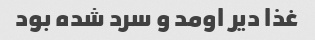
غذا دیر اومد و سرد شده بود